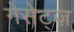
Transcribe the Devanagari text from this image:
गेसेट्ज़